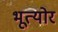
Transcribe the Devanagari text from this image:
भूत्योर